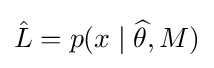
{\hat {L}}=p(x\mid {\widehat {\theta }},M)